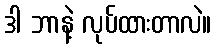
ဒါ ဘာနဲ့ လုပ်ထားတာလဲ။